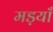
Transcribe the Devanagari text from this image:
मड़याँ